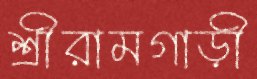
শ্রীরামগাড়ী